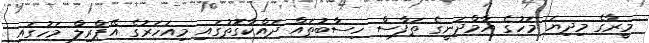
މީރާގެ މިދިޔަ މަހުގެ އާމްދަނީގެ ތަފާސް ހިސާބުތައް ދައްކާގޮތުގައި މިއަހަރުގެ އޭޕްރިލް މަހުގައި